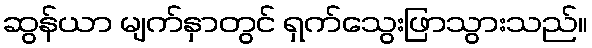
ဆွန်ယာ မျက်နှာတွင် ရှက်သွေးဖြာသွားသည်။